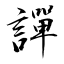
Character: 譂